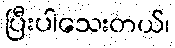
ပြီးပါသေးတယ်၊